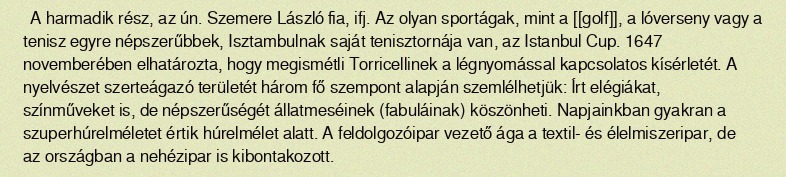
A harmadik rész, az ún. Szemere László fia, ifj. Az olyan sportágak, mint a [[golf]], a lóverseny vagy a tenisz egyre népszerűbbek, Isztambulnak saját tenisztornája van, az Istanbul Cup. 1647 novemberében elhatározta, hogy megismétli Torricellinek a légnyomással kapcsolatos kísérletét. A nyelvészet szerteágazó területét három fő szempont alapján szemlélhetjük: Írt elégiákat, színműveket is, de népszerűségét állatmeséinek (fabuláinak) köszönheti. Napjainkban gyakran a szuperhúrelméletet értik húrelmélet alatt. A feldolgozóipar vezető ága a textil- és élelmiszeripar, de az országban a nehézipar is kibontakozott.